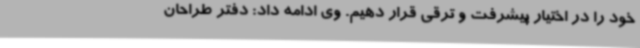
خود را در اختیار پیشرفت و ترقی قرار دهیم. وی ادامه داد: دفتر طراحان